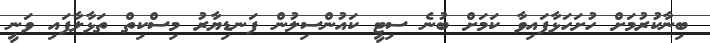
ބިނާކުރުމަށް ހުށަހަޅާފައިވާ ކަމަށް ބުނެ ސިޓީ ކައުންސިލުން ފަނޑިޔާރު މިސްކިތް ތަޅާލާފައި ވަނީ